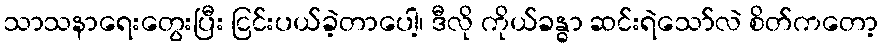
သာသနာရေးတွေးပြီး ငြင်းပယ်ခဲ့တာပေါ့၊ ဒီလို ကိုယ်ခန္ဓာ ဆင်းရဲသော်လဲ စိတ်ကတော့